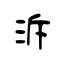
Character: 泝